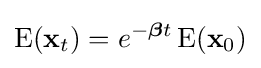
\operatorname {E} (\mathbf {x} _{t})=e^{-{\boldsymbol {\beta }}t}\operatorname {E} (\mathbf {x} _{0})